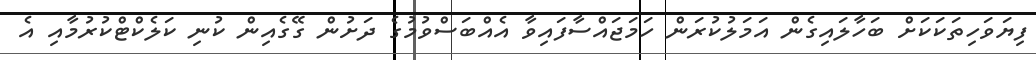
ފިޔަވަހިތަކަކަށް ބަހާލައިގެން އަމަލުކުރަން ހަމަޖައްސާފައިވާ އެއްބަސްވުމުގެ ދަށުން ގޭގެއިން ކުނި ކަލެކްޓްކުރުމާއި އެ